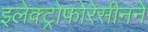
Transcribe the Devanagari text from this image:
इलेक्ट्रोफोरेसीनने